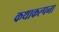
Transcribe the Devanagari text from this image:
कथाकल्पना